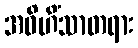
အဝိဟိံသာတရား